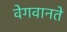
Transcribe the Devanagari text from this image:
वेगवानते